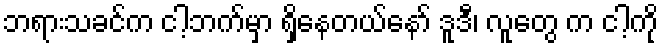
ဘရားသခင်က ငါ့ဘက်မှာ ရှိနေတယ်နော် ဒူဒီ၊ လူတွေ က ငါ့ကို